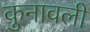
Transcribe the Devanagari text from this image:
कुनावली